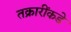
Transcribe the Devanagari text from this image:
तक्रारींकडे